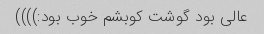
عالی بود گوشت کوبشم خوب بود:))))